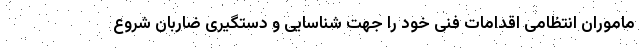
ماموران انتظامی اقدامات فنی خود را جهت شناسایی و دستگیری ضاربان شروع